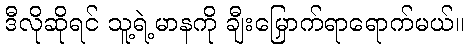
ဒီလိုဆိုရင် သူ့ရဲ့မာနကို ချီးမြှောက်ရာရောက်မယ်။